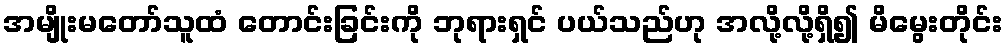
အမျိုးမတော်သူထံ တောင်းခြင်းကို ဘုရားရှင် ပယ်သည်ဟု အလို့လို့ရှိ၍ မိမွေးတိုင်း